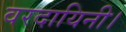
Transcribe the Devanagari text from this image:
वरदायिनी।